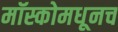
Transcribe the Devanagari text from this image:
मॉस्कोमधूनच